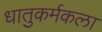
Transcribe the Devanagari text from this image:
धातुकर्मकला